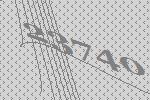
23740